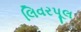
લિવરપૂલ